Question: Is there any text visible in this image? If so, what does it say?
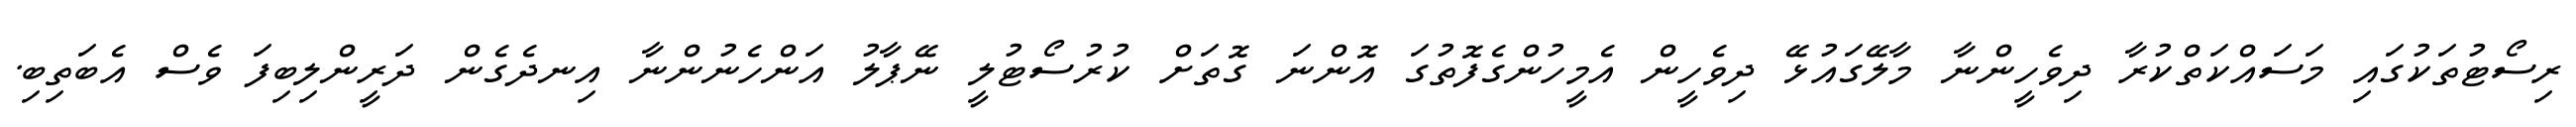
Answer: ރިސޯޓުތަކުގައި މަސައްކަތްކުރާ ދިވެހީންނާ މާލޭގައުޅޭ ދިވެހީން އެމީހުންގެފޮތުގަ އޮންނަ ގޮތަށް ކުރުސޯޓުލީ ނޭޕާލު އަންހެނުންނާ އިނދެގެން ދަރީންލިބިފަ ވެސް އެބަތިބި.